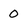
Character: 0